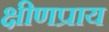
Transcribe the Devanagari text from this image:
क्षीणप्राय